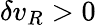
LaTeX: \delta{v_{R}}>0